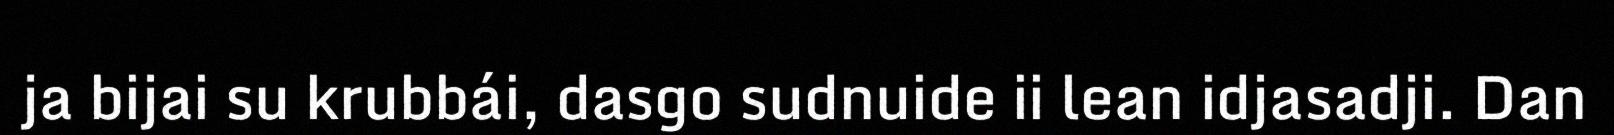
ja bijai su krubbái, dasgo sudnuide ii lean idjasadji. Dan